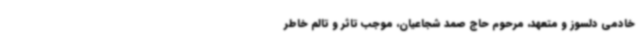
خادمی دلسوز و متعهد، مرحوم حاج صمد شجاعیان، موجب تاثر و تالم خاطر